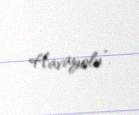
Havayolu”.